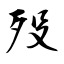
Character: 殁